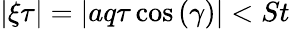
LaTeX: |\xi\tau|=|aq\tau\cos{(\gamma)}|<St